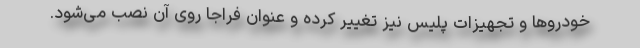
خودروها و تجهیزات پلیس نیز تغییر کرده و عنوان فراجا روی آن نصب می‌شود.